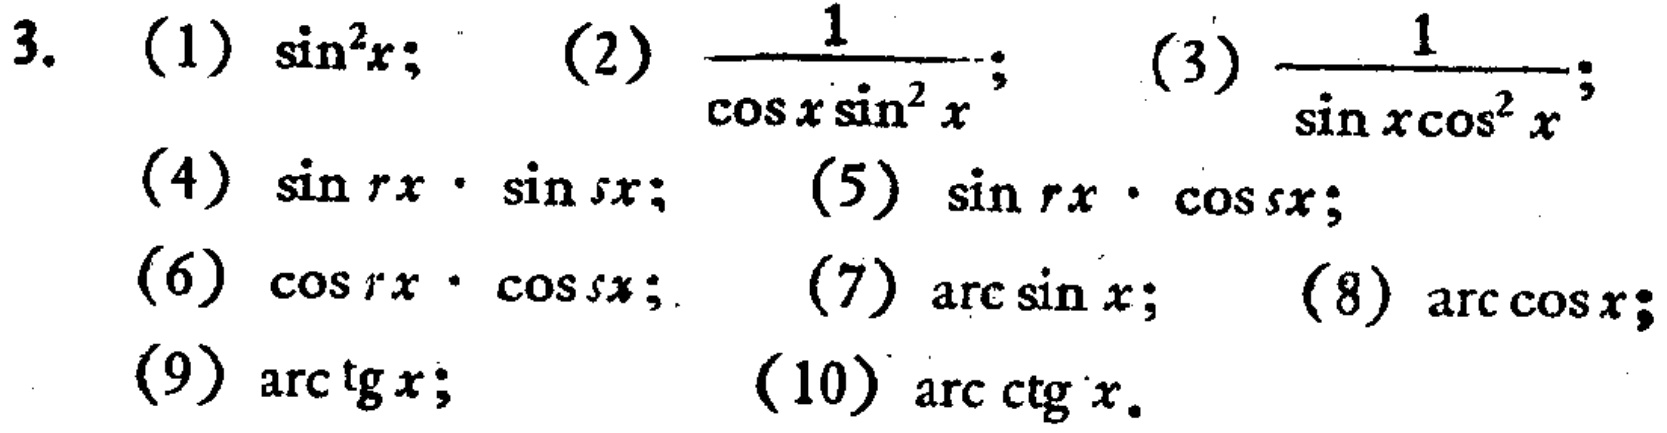
3. (1) \(\sin^{2}x\); (2) \(\frac{1}{\cos x\sin^{2}x}\); (3) \(\frac{1}{\sin x\cos^{2}x}\); (4) \(\sin rx\cdot\sin sx\); (5) \(\sin rx\cdot\cos sx\); (6) \(\cos rx\cdot\cos sx\); (7) \(\arcsin x\); (8) \(\arccos x\); (9) \(\arctan x\); (10) \(\text{arccot }x\)